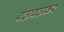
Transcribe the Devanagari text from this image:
बढ़ाबढ़ाकर